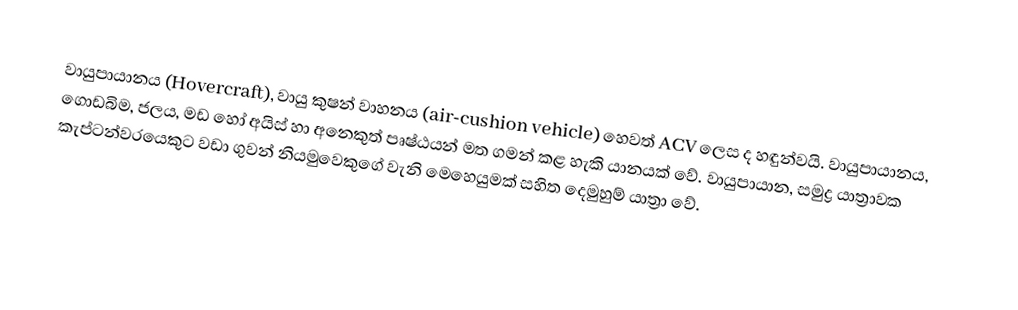
වායුපායානය (Hovercraft), වායු කුෂන් වාහනය (air-cushion vehicle) හෙවත් ACV ලෙස ද හඳුන්වයි. වායුපායානය, ගොඩබිම, ජලය, මඩ හෝ අයිස් හා අනෙකුත් පෘෂ්ඨයන් මත ගමන් කළ හැකි යානයක් වේ. වායුපායාන, සමුද්‍ර යාත්‍රාවක කැප්ටන්වරයෙකුට වඩා ගුවන් නියමුවෙකුගේ වැනි මෙහෙයුමක් සහිත දෙමුහුම් යාත්‍රා වේ.